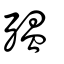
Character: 殟